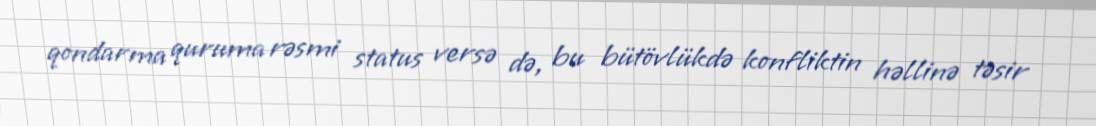
qondarma quruma rəsmi status versə də, bu bütövlükdə konfliktin həllinə təsir